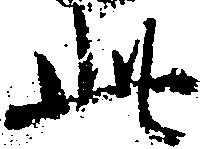
此